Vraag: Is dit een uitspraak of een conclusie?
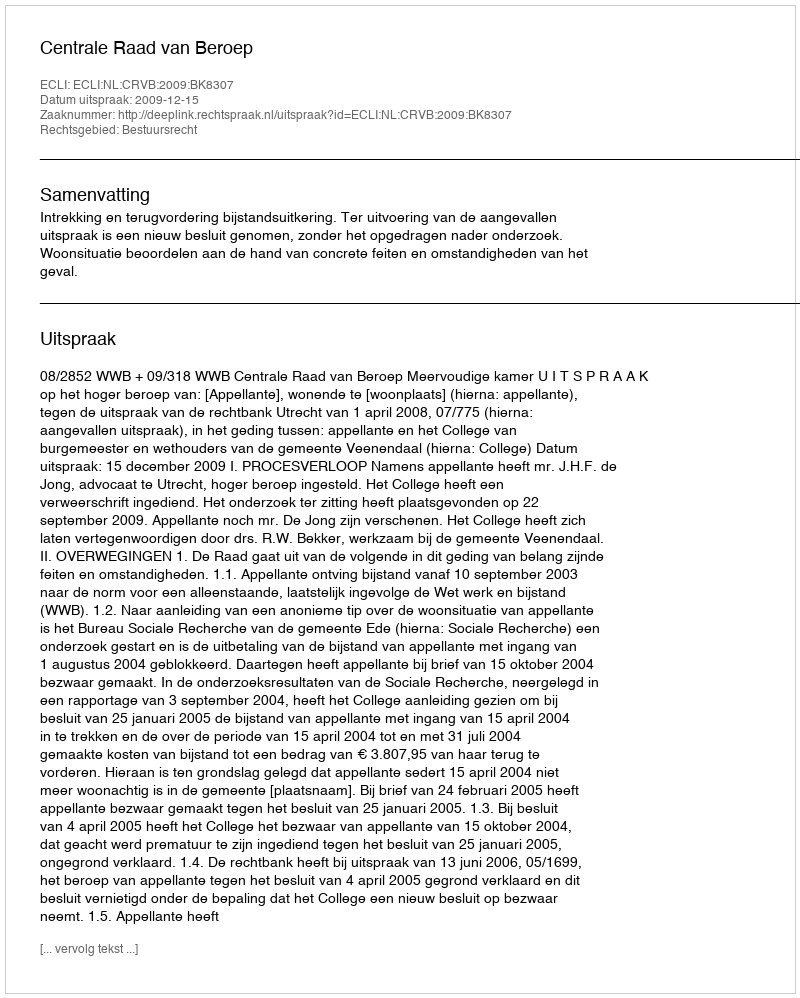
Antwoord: Uitspraak